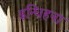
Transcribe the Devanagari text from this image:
इन्धिहना